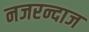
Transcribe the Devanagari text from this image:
नजरन्दाज